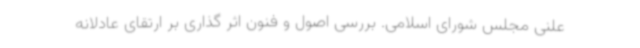
علنی مجلس شورای اسلامی. بررسی اصول و فنون اثر گذاری بر ارتقای عادلانه